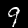
Label: 9